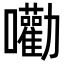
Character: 𡅳